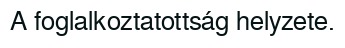
A foglalkoztatottság helyzete.